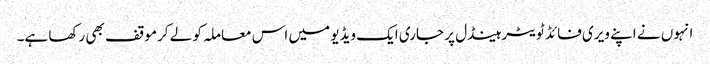
انہوں نے اپنے ویری فائڈ ٹویٹر ہینڈل پر جاری ایک ویڈیو میں اس معاملہ کو لے کر موقف بھی رکھا ہے۔